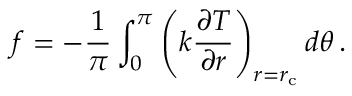
f = - \frac { 1 } { \pi } \int _ { 0 } ^ { \pi } \left( k \frac { \partial T } { \partial r } \right) _ { r = r _ { \mathrm { c } } } d \theta \, .